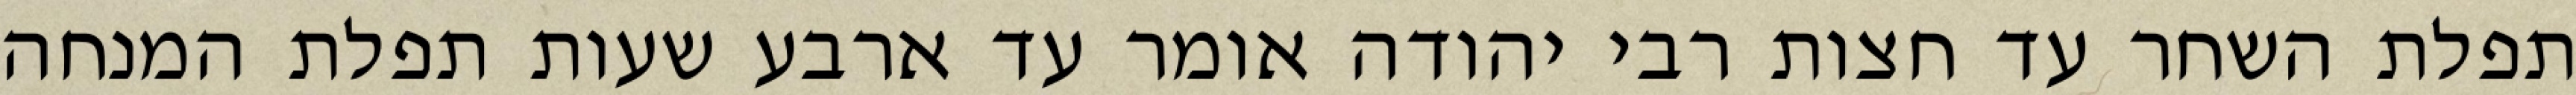
תפלת השחר עד חצות רבי יהודה אומר עד ארבע שעות תפלת המנחה